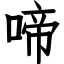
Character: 啼